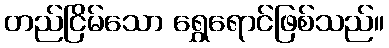
တည်ငြိမ်သော ရွှေရောင်ဖြစ်သည်။